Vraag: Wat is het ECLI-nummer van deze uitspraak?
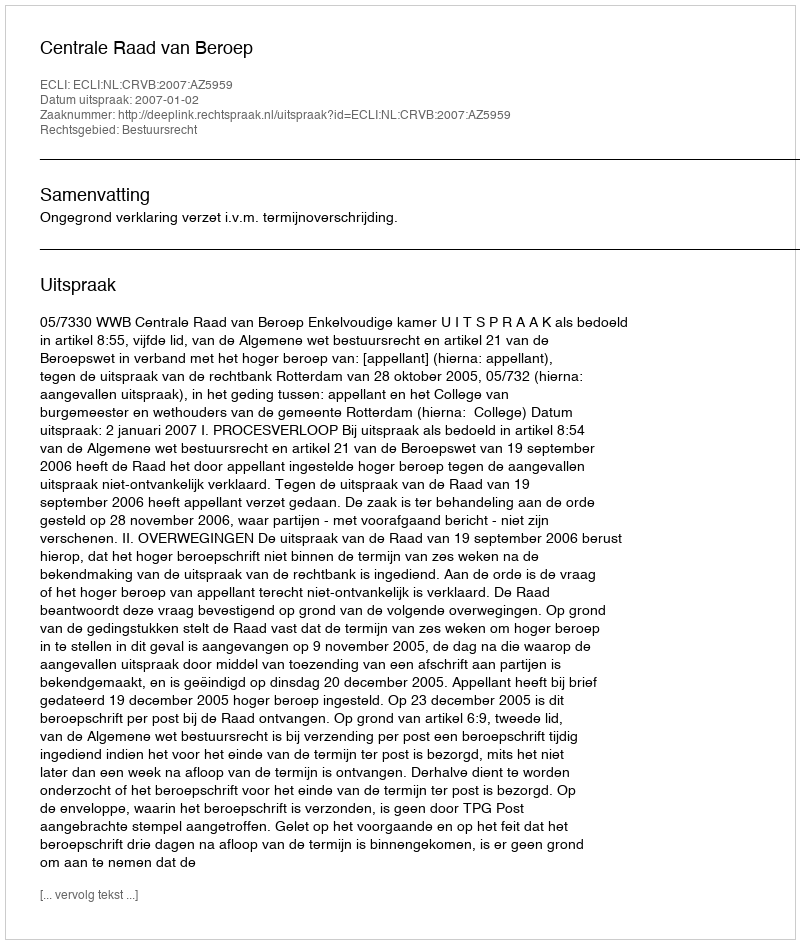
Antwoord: ECLI:NL:CRVB:2007:AZ5959